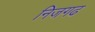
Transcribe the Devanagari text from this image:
निजगढ